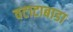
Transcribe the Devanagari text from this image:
वटाटाबाडा